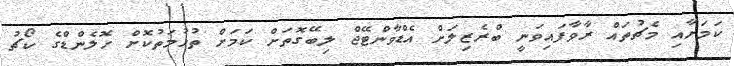
ކަމަށާއި މެޗުތައް ރާވާފައިވަނީ ބްރެޒިލަށް އެޑްވާންޓޭޖް ލިބޭގޮތަށް ކަމަށް ތުހުމަތުކޮށް ހޮލެންޑްގެ ކޯޗު